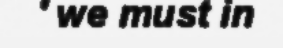
' we must in